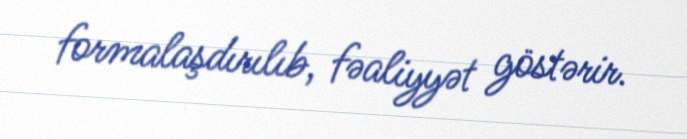
formalaşdırılıb, fəaliyyət göstərir.